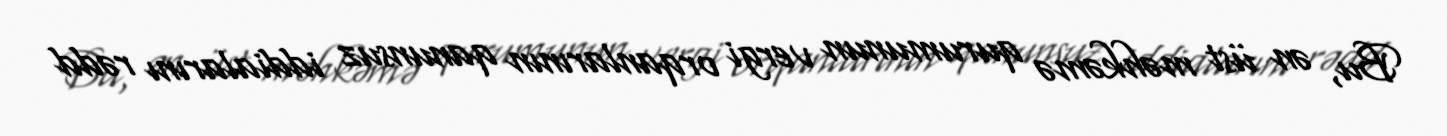
Bu, ən üst məhkəmə qurumunun vergi orqanlarının qanunsuz iddialarını rədd